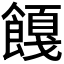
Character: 𬲚